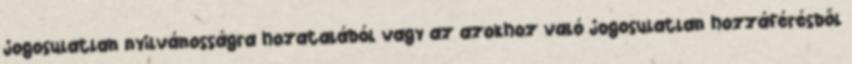
jogosulatlan nyilvánosságra hozatalából vagy az azokhoz való jogosulatlan hozzáférésből